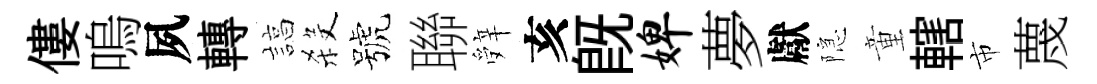
僂嗚夙轉諄殺號聯辤亥既婢夢獻隠童轄市蔑